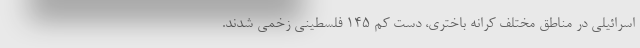
اسرائیلی در مناطق مختلف کرانه باختری، دست کم ۱۴۵ فلسطینی زخمی شدند.